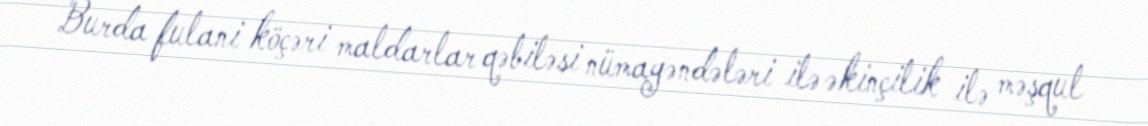
Burda fulani köçəri maldarlar qəbiləsi nümayəndələri ilə əkinçilik ilə məşqul